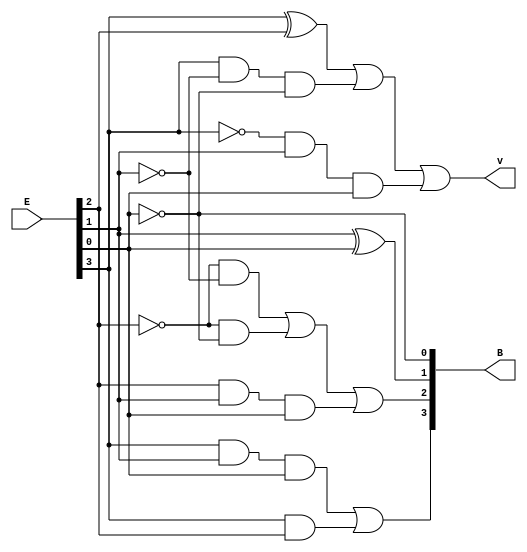
/*
v = E[3]E[2] + E[3]E[1]'E[0]' + E[3]'E[1]E[0]
B[3] = E[3]E[1]E[0] + E[3]E[2]
B[2] = E[2]'E[1]' + E[2]'E[0]' + E[2]E[1]E[0]
B[1] = E[1]  E[0]
B[0] = E[0]'
*/
module Lab2_converter_4bit_dataflow (input [3:0] E, output [3:0] B, output v);

    wire [3:0] n;

    assign n = (~E);

    assign B[0] = ~E[0];
    assign B[1] = E[1] ^ E[0];
    assign B[2] = (~E[2])&(~E[1]) | (~E[2])&(~E[0]) | E[2]&E[1]&E[0];
    assign B[3] = E[3]&E[1]&E[0] | E[3]&E[2];
    assign v = E[3]^E[2] | E[3]&(~E[1])&(~E[0]) | (~E[3])&E[1]&E[0];

endmodule